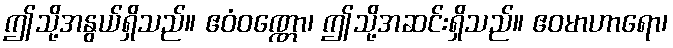
ဤသို့အနွယ်ရှိသည်။ ဧဝံဝဏ္ဏော၊ ဤသို့အဆင်းရှိသည်။ ဧဝမာဟာရော၊